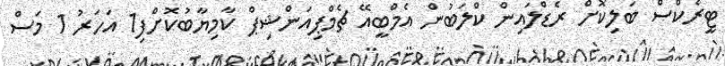
ޓީރެކްސް ބަލިކޮށް ރެޑްލައިން ކްލަބުން އެމްބީއޭ ޗެމްޕިއަންޝިޕް ކާމިޔާބުކޮށްފި1 އަހަރު 1 މަސް